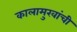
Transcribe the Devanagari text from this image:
कालामुखांची